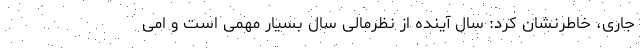
جاری، خاطرنشان کرد: سال آینده از نظرمالی سال بسیار مهمی است و امی